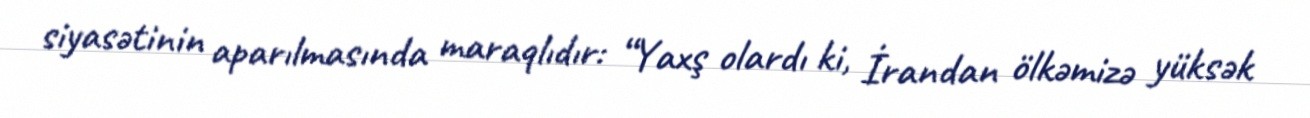
siyasətinin aparılmasında maraqlıdır: “Yaxş olardı ki, İrandan ölkəmizə yüksək